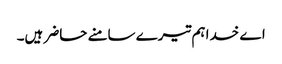
اے خدا ہم تیرے سامنے حاضر ہیں۔